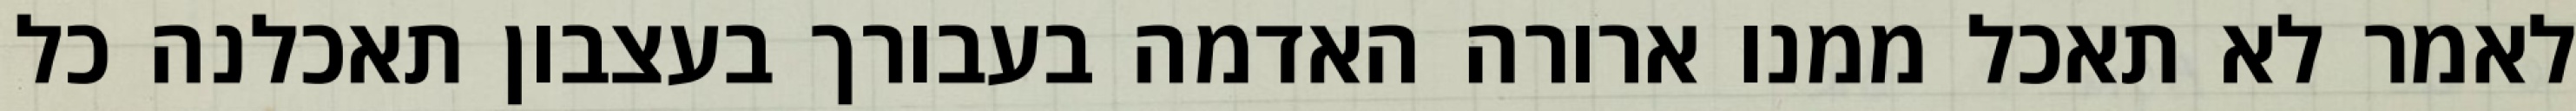
לאמר לא תאכל ממנו ארורה האדמה בעבורך בעצבון תאכלנה כל